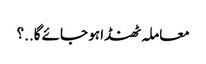
معاملہ ٹھنڈا ہو جائے گا..؟